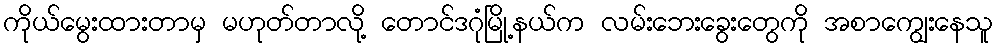
ကိုယ်မွေးထားတာမှ မဟုတ်တာလို့ တောင်ဒဂုံမြို့နယ်က လမ်းဘေးခွေးတွေကို အစာကျွေးနေသူ